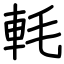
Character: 軞